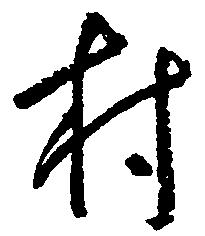
村